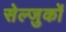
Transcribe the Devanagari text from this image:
सेल्जुकों